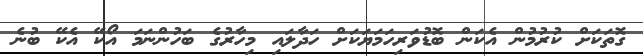
ގޮތަކަށް ކުރުމުން އެކަން ބޮޑުވަރިހަމަޔަކަށް ހަދާލައި މިހާރުގެ ބަހުންނަމަ އޯކޭ އެކޭ ބުނެ